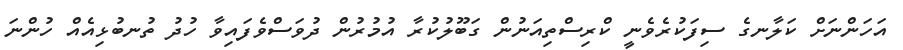
އަހަންނަށް ކަލާނގެ ސިފަކުރެވެނީ ކްރިސްތިއަނުން ގަބޫލުކުރާ އުމުރުން ދުވަސްވެފައިވާ ހުދު ތުނބުޅިއެއް ހުންނަ